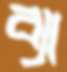
ব্যা